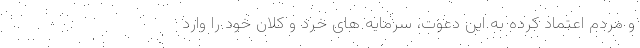
و مردم اعتماد کرده به این دعوت، سرمایه های خرد و کلان خود را وارد